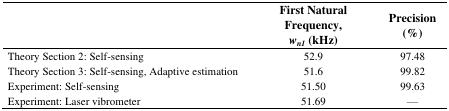
<table><thead><tr><td></td><td><b>First Natural Frequency,<i>w</i><i><sub>n1</sub></i>(kHz)</b></td><td><b>Precision (%)</b></td></tr></thead><tbody><tr><td>Theory Section 2: Self-sensing</td><td>52.9</td><td>97.48</td></tr><tr><td>Theory Section 3: Self-sensing, Adaptive estimation</td><td>51.6</td><td>99.82</td></tr><tr><td>Experiment: Self-sensing</td><td>51.50</td><td>99.63</td></tr><tr><td>Experiment: Laser vibrometer</td><td>51.69</td><td>—</td></tr></tbody></table>